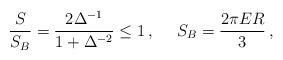
LaTeX: \begin{align*}\frac{S}{S_B} = \frac{2\Delta^{-1}}{1+\Delta^{-2}} \le1\,,\,\,\,\,\,\,\,\, S_B = \frac{2\pi ER}{3}\,,\end{align*}